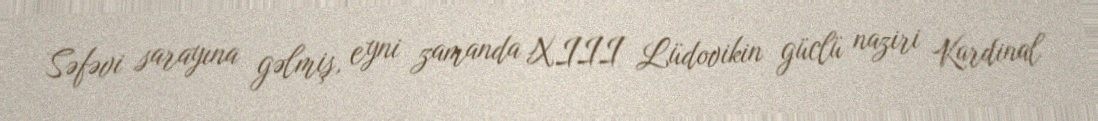
Səfəvi sarayına gəlmiş, eyni zamanda XIII Lüdovikin güclü naziri Kardinal